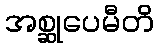
အစ္ဆုပေမီတိ